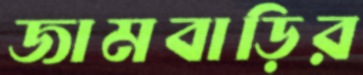
জামবাড়ির